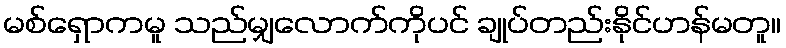
မစ်ရှောကမူ သည်မျှလောက်ကိုပင် ချုပ်တည်းနိုင်ဟန်မတူ။